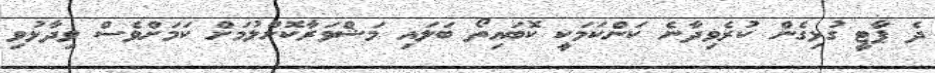
ދެ ޕާޓީ ގުޅިގެން ކުރެވިދާނެ ކަންކަމަކީ ކޮބައިތޯ ބަލައި މަޝްވަރާކޮށްލުމަށް ކަމަށްވެސް ވިދާޅުވި